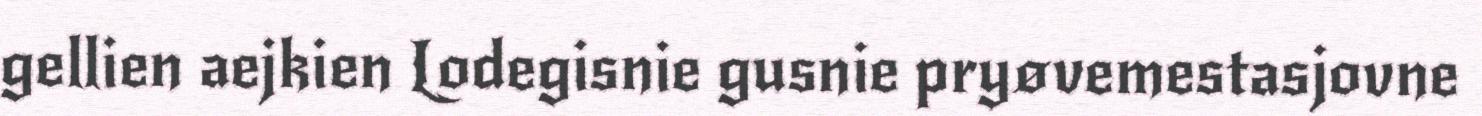
gellien aejkien Lodegisnie gusnie pryøvemestasjovne